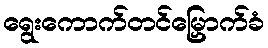
ရွေးကောက်တင်မြှောက်ခံ